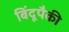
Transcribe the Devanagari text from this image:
बिंदूपैकी